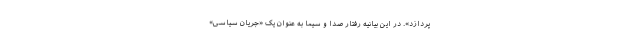
پردازد». در این بیانیه رفتار صدا و سیما به عنوان یک «جریان سیاسی»